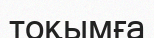
тоқымға